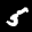
Label: 5